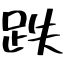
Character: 跌